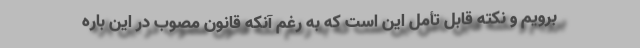
برویم و نکته قابل تأمل این است که به رغم آنکه قانون مصوب در این باره